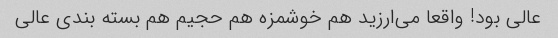
عالی بود! واقعا می‌ارزید هم خوشمزه هم حجیم هم بسته بندی عالی